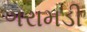
ગરામડી